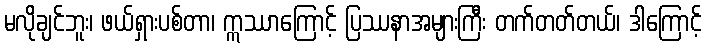
မလိုချင်ဘူး၊ ဖယ်ရှားပစ်တာ၊ ဣဿာကြောင့် ပြဿနာအများကြီး တက်တတ်တယ်၊ ဒါကြောင့်